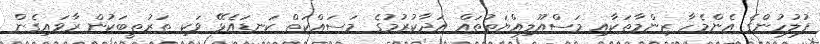
ފުލުހުންގެ އެންމެހާ ޒިންމާތަކާއި މަސްއޫލިއްޔަތުތައް އަދާކުރުމުގެ މަސައްކަތް ކަނޑައެޅޭ ވަކި ތަރުތީބަކުން ރާވައިގެން